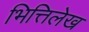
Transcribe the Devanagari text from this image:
भित्तिलेख